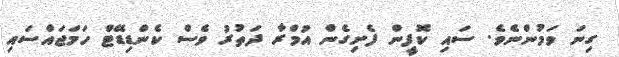
ގިނަ ވަމުންނެވެ. ސައި ކޮފީން ފެށިގެން އުމްރާ ދަތުރު ވެސް ކެންޑިޑޭޓް ހަމަޖައްސައި